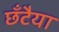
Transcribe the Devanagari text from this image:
छँटैया